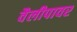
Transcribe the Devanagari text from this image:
वैलीपावर